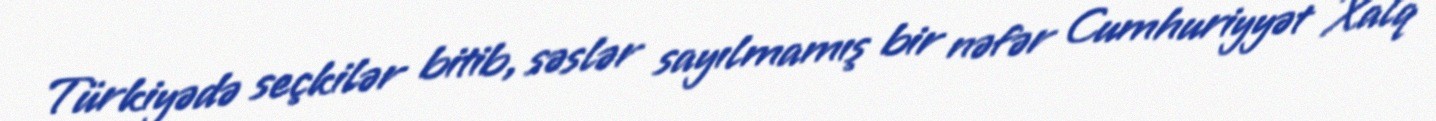
Türkiyədə seçkilər bitib, səslər sayılmamış bir nəfər Cumhuriyyət Xalq